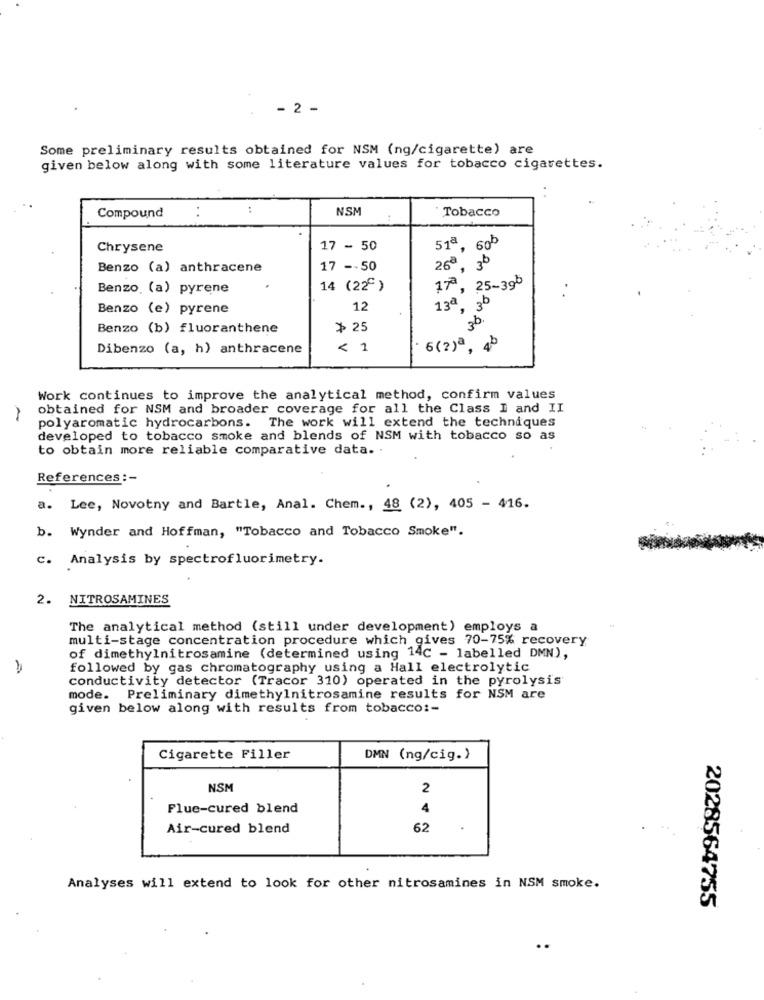
- 2 -
Some preliminary results obtained for NSM (ng/cigarette) are
given below along with some literature values for tobacco cigarettes.
:
NSM
Tobacco
Compound
:
Chrysene
17 - 50
51ª, 605
Benzo (a) anthracene
17 -- 50
26ª, 35
Benzo. (a) pyrene
14 (22)
17ª, 25-395
Benzo (e) pyrene
12
13ª, 3b
3b.
Benzo (b) fluoranthene
> 25
Dibenzo (a, h) anthracene
< 1
6(2)ª , 4
Work continues to improve the analytical method, confirm values
obtained for NSM and broader coverage for all the Class I and II
polyaromatic hydrocarbons. The work will extend the techniques
developed to tobacco smoke and blends of NSM with tobacco so as
to obtain more reliable comparative data.
References :-
a. Lee, Novotny and Bartle, Anal. Chem ., 48 (2), 405 - 416.
b. Wynder and Hoffman, "Tobacco and Tobacco Smoke".
c. Analysis by spectrofluorimetry.
2.
NITROSAMINES
The analytical method (still under development) employs a
multi-stage concentration procedure which gives 70-75% recovery
of dimethylnitrosamine (determined using 14C - labelled DMN),
followed by gas chromatography using a Hall electrolytic
conductivity detector (Tracor 310) operated in the pyrolysis
mode. Preliminary dimethylnitrosamine results for NSM are
given below along with results from tobacco :-
Cigarette Filler
DMN (ng/cig.)
NSM
2
Flue-cured blend
4
Air-cured blend
62
Analyses will extend to look for other nitrosamines in NSM smoke.
2028564755